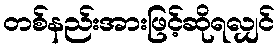
တစ်နည်းအားဖြင့်ဆိုရလျှင်